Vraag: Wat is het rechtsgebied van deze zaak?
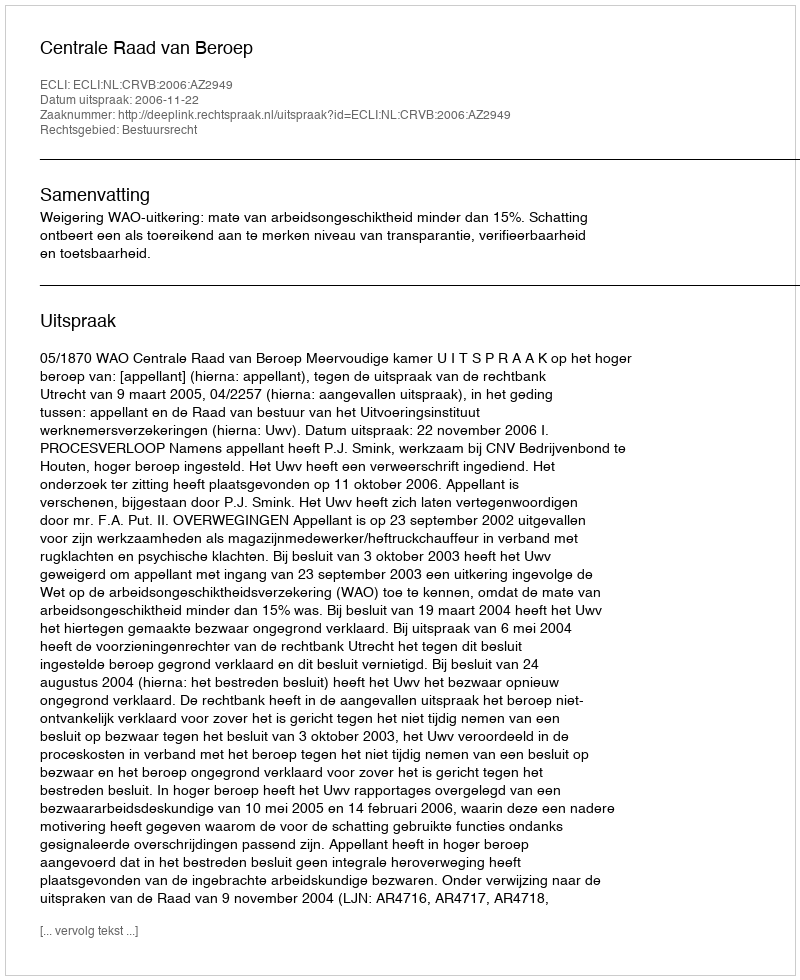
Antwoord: Bestuursrecht